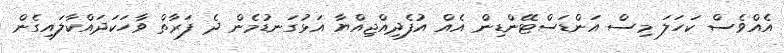
އެއްވެސް ކަހަލަ މިސް އަންޑަސްޓޭންޑިން އެއް އުފެދިއްޖިއްޔާ އަޅުގަނޑުމެން ދެ ފަރާތް ވާހަކަދައްކާލައިގެން